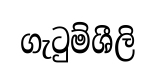
ගැටුම්ශීලි